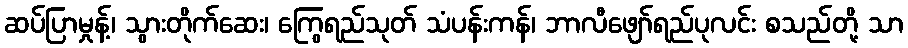
ဆပ်ပြာမှုန့်၊ သွားတိုက်ဆေး၊ ကြွေရည်သုတ် သံပန်းကန်၊ ဘာလီဖျော်ရည်ပုလင်း စသည်တို့ သာ